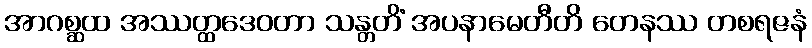
အာဂစ္ဆထ အဿတ္ထဒေဝတာ သန္တတိံ အပနာမေတီတိ တေနဿ တစရဇနံ